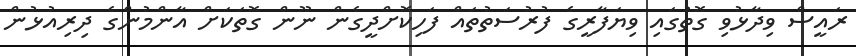
ރައީސް ވިދާޅުވި ގޮތުގައި ވިޔަފާރީގެ ފުރުސަތުތައް ފަހިކޮށްދީގެން ނޫން ގޮތަަކަށް އާންމުންގެ ދިރިއުޅުން